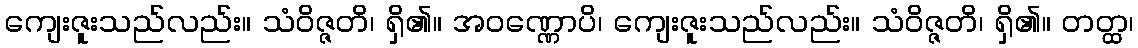
ကျေးဇူးသည်လည်း။ သံဝိဇ္ဇတိ၊ ရှိ၏။ အဝဏ္ဏောပိ၊ ကျေးဇူးသည်လည်း။ သံဝိဇ္ဇတိ၊ ရှိ၏။ တတ္ထ၊